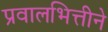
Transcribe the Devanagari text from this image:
प्रवालभित्तीने